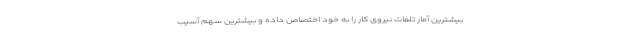
بیشترین آمار تلفات نیروی کار را به خود اختصاص داده و بیشترین سهم آسیب